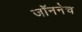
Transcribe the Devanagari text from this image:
जॉननेच